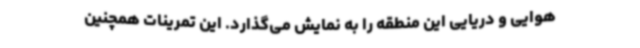
هوایی و دریایی این منطقه را به نمایش می‌گذارد. این تمرینات همچنین